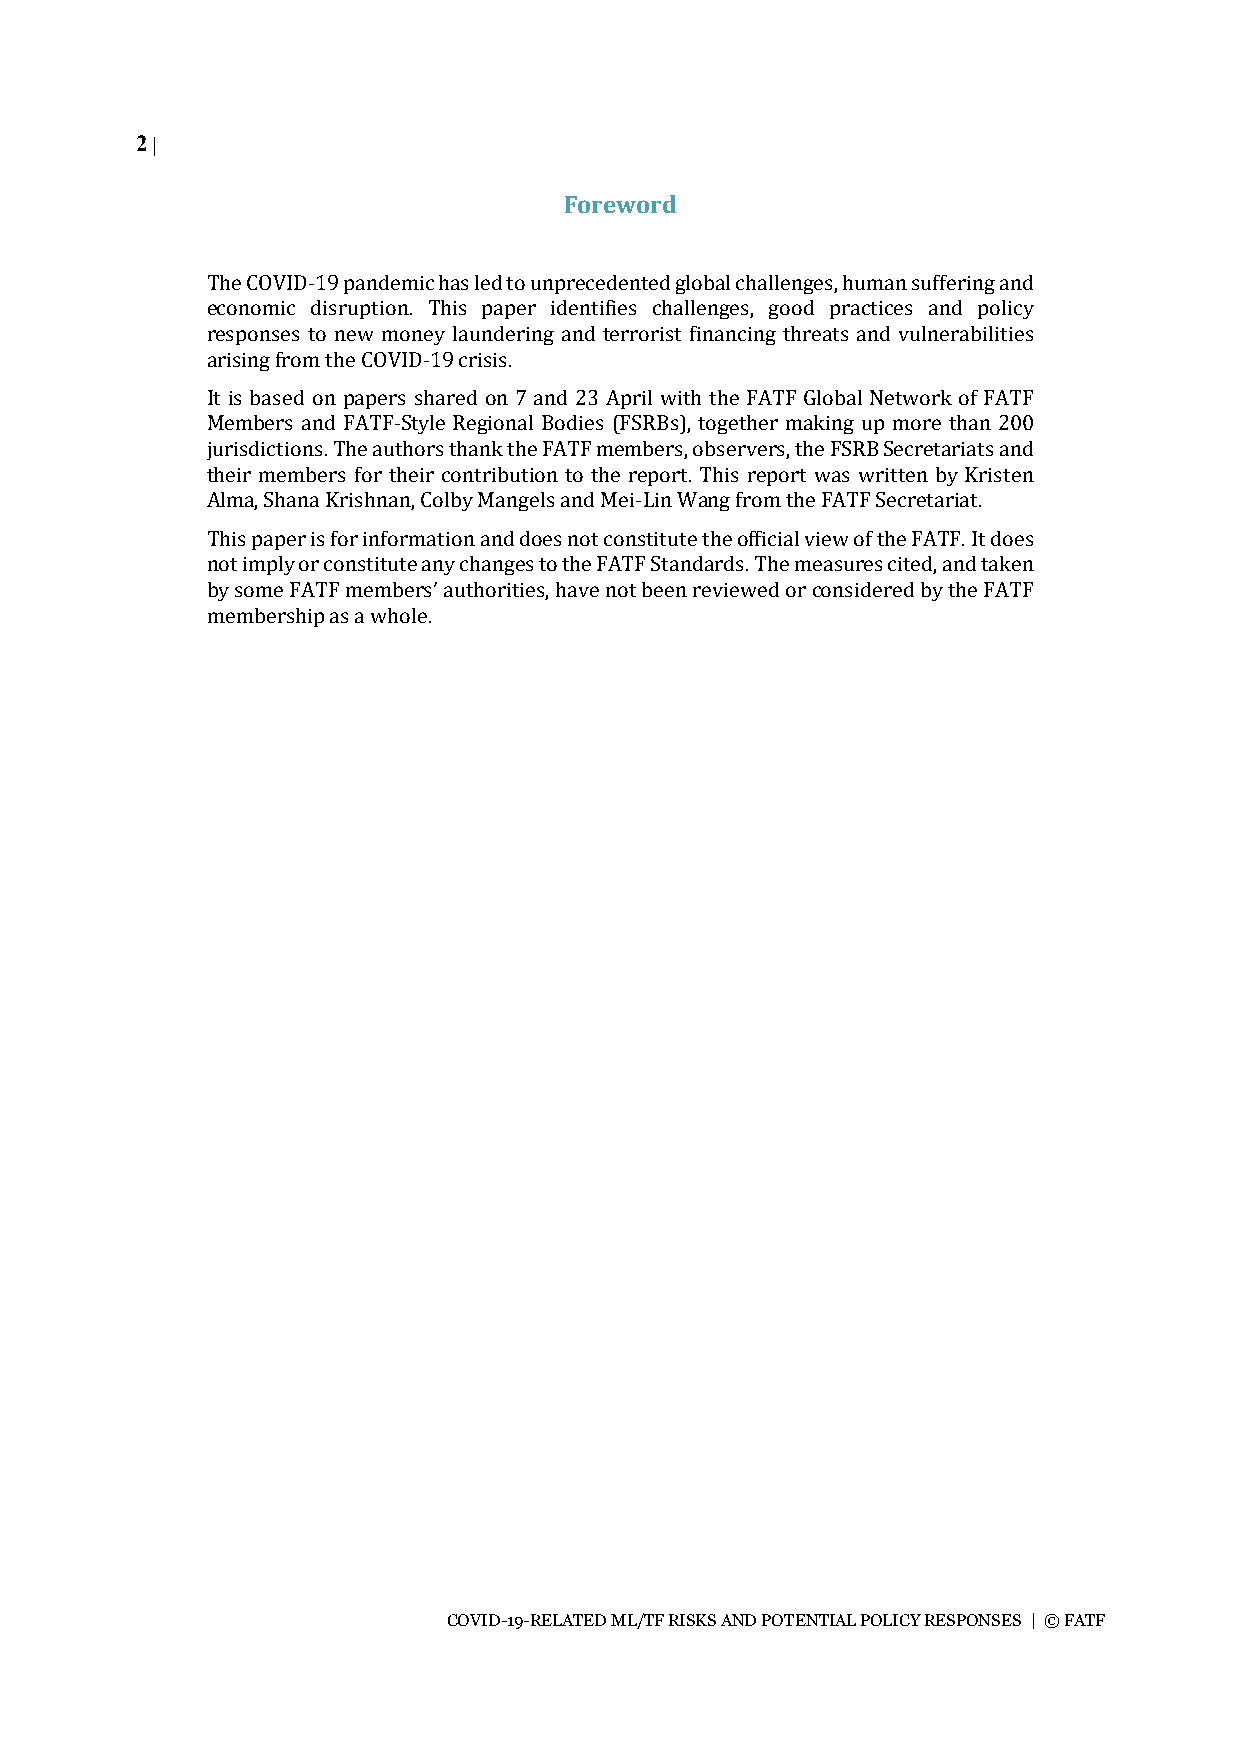
2 |
 Foreword
 The COVID-19 pandemic has led to unprecedented global challenges, human suffering and
 economic disruption. This paper identifies challenges, good practices and policy
 responses to new money laundering and terrorist financing threats and vulnerabilities
 arising from the COVID-19 crisis.
 It is based on papers shared on 7 and 23 April with the FATF Global Network of FATF
 Members and FATF-Style Regional Bodies (FSRBs), together making up more than 200
 jurisdictions. The authors thank the FATF members, observers, the FSRB Secretariats and
 their members for their contribution to the report. This report was written by Kristen
 Alma, Shana Krishnan, Colby Mangels and Mei-Lin Wang from the FATF Secretariat.
 This paper is for information and does not constitute the official view of the FATF. It does
 not imply or constitute any changes to the FATF Standards. The measures cited, and taken
 by some FATF members’ authorities, have not been reviewed or considered by the FATF
 membership as a whole.
 COVID-19-RELATED ML/TF RISKS AND POTENTIAL POLICY RESPONSES | © FATF